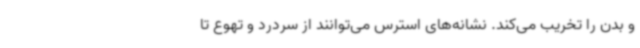
و بدن را تخریب می‌کند. نشانه‌های استرس می‌توانند از سردرد و تهوع تا